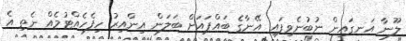
ލޫނާ އަނގައިން ނުބުނެވިފައި އޭނާގެ ބައްޕައަށް ބަލަން އިންއިރު ހިފެހެއްޓުމެއް ނެތި އެ